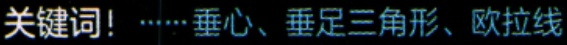
关键词！……垂心、垂足三角形、欧拉线